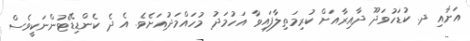
އަށާއި ދ. ކުޑަހުވަދޫ ދާއިރާއަށް ކުރިމަތިލާފައިވާ އަހުމަދު މުހައްމަދުއަށެވެ. އެ ދެ ކެންޑިޑޭޓުންނަކީވެސް